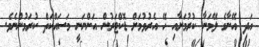
އަދި އޭނާގެ ލޭމަނާ ކުރުމަށާއި ހޭ އެރުވުމަށް ޑޮކްޓަރުން އަންނަނީ މަސައްކަތް ކުރަމުންނެވެ.